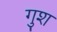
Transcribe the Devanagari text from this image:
गुश